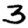
Digit: 3